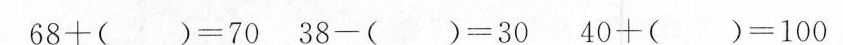
$$68+( )=70$$ $$38-( )=30$$ $$40+( )=100$$